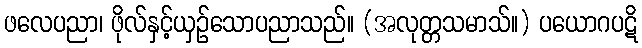
ဖလေပညာ၊ ဖိုလ်နှင့်ယှဉ်သောပညာသည်။ (အလုတ္တသမာသ်။) ပယောဂပဋိ